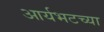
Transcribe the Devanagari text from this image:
आर्यभटच्या